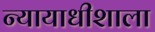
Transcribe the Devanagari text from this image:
न्यायाधीशाला